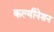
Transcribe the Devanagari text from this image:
कल्मीनेशन